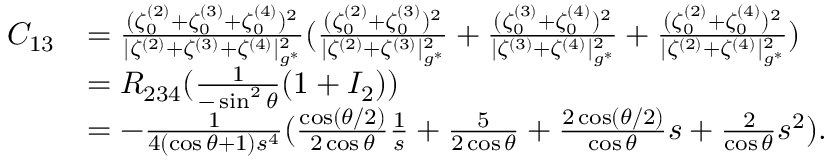
\begin{array} { r l } { C _ { 1 3 } } & { = \frac { ( \zeta _ { 0 } ^ { ( 2 ) } + \zeta _ { 0 } ^ { ( 3 ) } + \zeta _ { 0 } ^ { ( 4 ) } ) ^ { 2 } } { | \zeta ^ { ( 2 ) } + \zeta ^ { ( 3 ) } + \zeta ^ { ( 4 ) } | _ { g ^ { * } } ^ { 2 } } ( \frac { ( \zeta _ { 0 } ^ { ( 2 ) } + \zeta _ { 0 } ^ { ( 3 ) } ) ^ { 2 } } { | \zeta ^ { ( 2 ) } + \zeta ^ { ( 3 ) } | _ { g ^ { * } } ^ { 2 } } + \frac { ( \zeta _ { 0 } ^ { ( 3 ) } + \zeta _ { 0 } ^ { ( 4 ) } ) ^ { 2 } } { | \zeta ^ { ( 3 ) } + \zeta ^ { ( 4 ) } | _ { g ^ { * } } ^ { 2 } } + \frac { ( \zeta _ { 0 } ^ { ( 2 ) } + \zeta _ { 0 } ^ { ( 4 ) } ) ^ { 2 } } { | \zeta ^ { ( 2 ) } + \zeta ^ { ( 4 ) } | _ { g ^ { * } } ^ { 2 } } ) } \\ & { = R _ { 2 3 4 } ( \frac { 1 } { - \sin ^ { 2 } \theta } ( 1 + I _ { 2 } ) ) } \\ & { = - \frac { 1 } { 4 ( \cos \theta + 1 ) s ^ { 4 } } ( \frac { \cos ( { \theta } / { 2 } ) } { 2 \cos \theta } \frac { 1 } { s } + \frac { 5 } { 2 \cos \theta } + \frac { 2 \cos ( { \theta } / { 2 } ) } { \cos \theta } s + \frac { 2 } { \cos \theta } s ^ { 2 } ) . } \end{array}